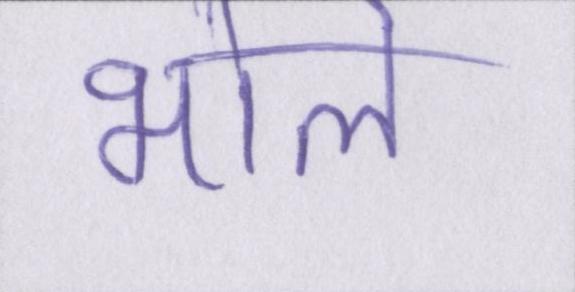
भोले